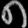
Digit: ၈